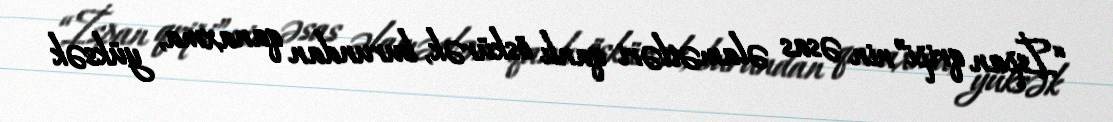
“İspan qripi”nin əsas əlamətləri qanlı öskürək, burundan qanaxma, yüksək